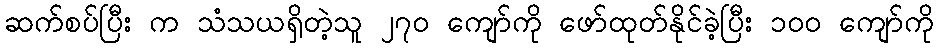
ဆက်စပ်ပြီး က သံသယရှိတဲ့သူ ၂၇၀ ကျော်ကို ဖော်ထုတ်နိုင်ခဲ့ပြီး ၁၀၀ ကျော်ကို